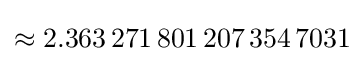
\approx 2.363\,271\,801\,207\,354\,7031